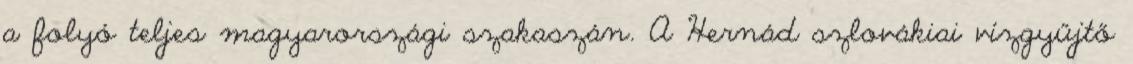
a folyó teljes magyarországi szakaszán. A Hernád szlovákiai vízgyűjtő